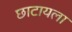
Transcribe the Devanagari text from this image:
छाटायला